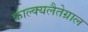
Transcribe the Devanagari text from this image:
काल्क्यलैतेग्राल